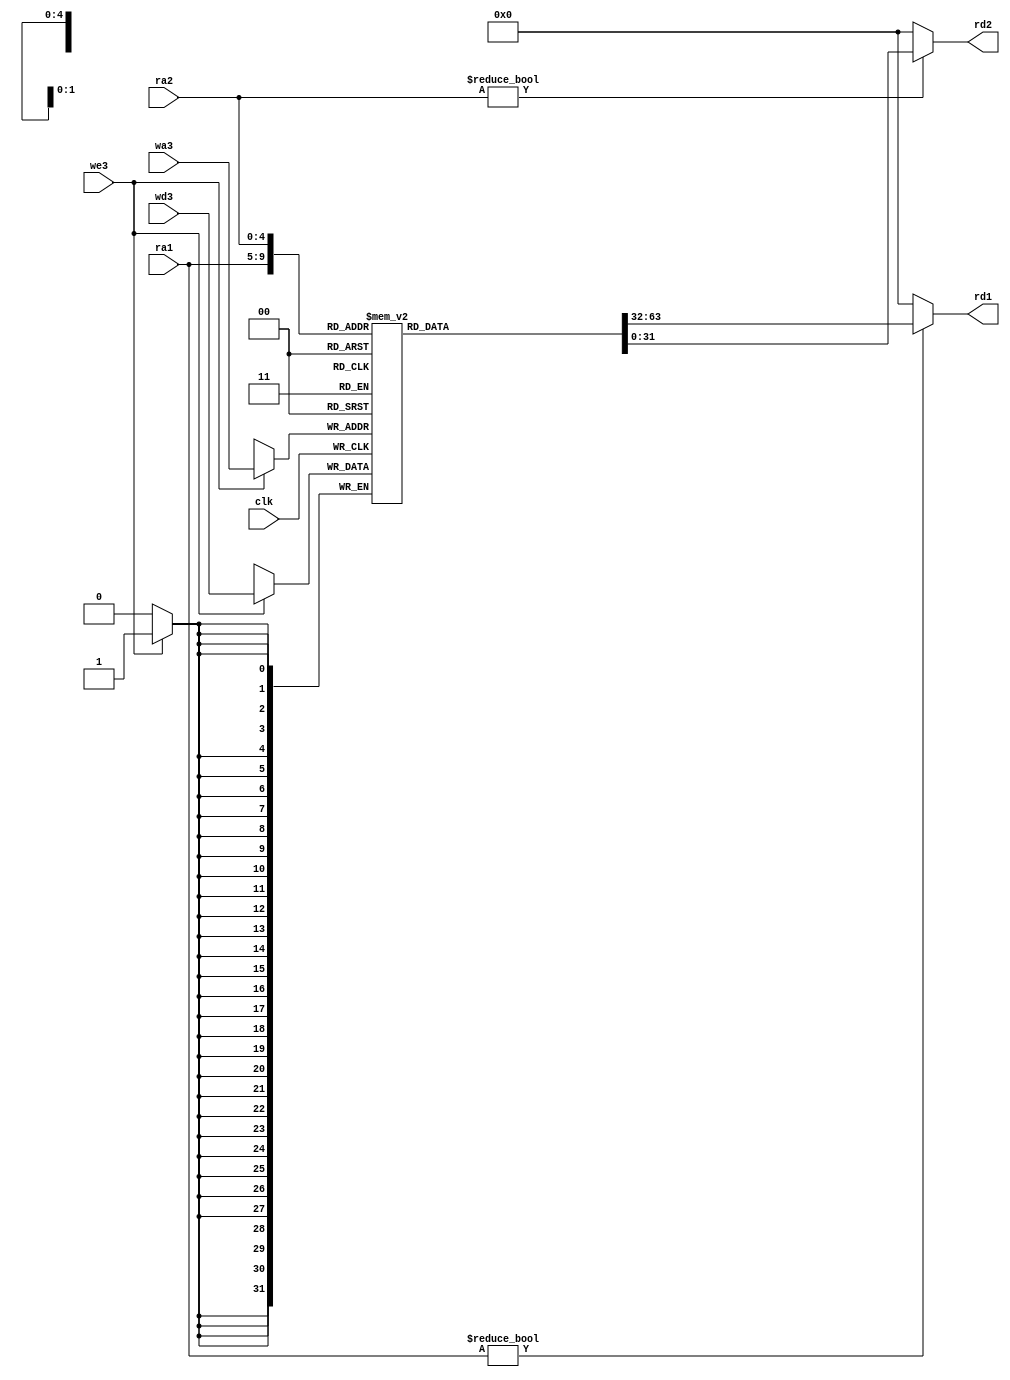
module regfile (input           clk,
                input           we3,
                input   [4:0]   ra1, ra2, wa3,
                input   [31:0]  wd3,
                output  [31:0]  rd1, rd2);

  reg [31:0]  rf[31:0];

  // 2
  // 2
  // 3clock
  // 00

  assign rd1 = (ra1 != 0) ? rf[ra1] : 0;
  assign rd2 = (ra2 != 0) ? rf[ra2] : 0;

  always @(posedge clk) begin
    if (we3) begin
      rf[wa3] <= wd3;
    end
  end
endmodule